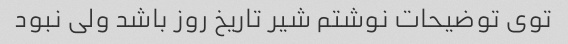
توی توضیحات نوشتم شیر تاریخ روز باشد ولی نبود